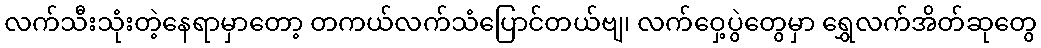
လက်သီးသုံးတဲ့နေရာမှာတော့ တကယ်လက်သံပြောင်တယ်ဗျ၊ လက်ဝှေ့ပွဲတွေမှာ ရွှေလက်အိတ်ဆုတွေ